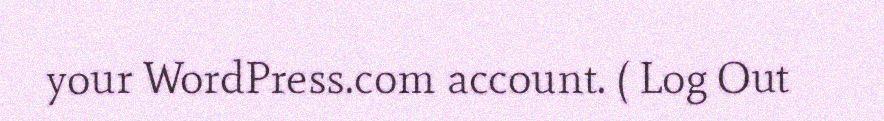
your WordPress.com account. ( Log Out